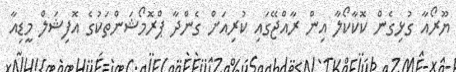
ޔޫރޯއާ ގުޅިގެން ކޮކާކޯލާ އިން ރާއްޖޭގައި ކުރިއަށް ގެންދާ ޕްރޮމޯޝަންތަކުގެ އޮފިޝަލް މީޑިއާ